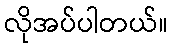
လိုအပ်ပါတယ်။